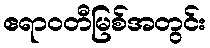
ဧရာဝတီမြစ်အတွင်း